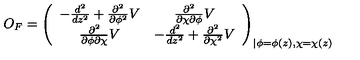
O _ { F } = \left( \begin{array} { c c } { - \frac { d ^ { 2 } } { d z ^ { 2 } } + \frac { \partial ^ { 2 } } { \partial \phi ^ { 2 } } V } & { \frac { \partial ^ { 2 } } { \partial \chi \partial \phi } V } \\ { \frac { \partial ^ { 2 } } { \partial \phi \partial \chi } V } & { - \frac { d ^ { 2 } } { d z ^ { 2 } } + \frac { \partial ^ { 2 } } { \partial \chi ^ { 2 } } V } \\ \end{array} \right) _ { \vert \phi = \phi ( z ) , \chi = \chi ( z ) }